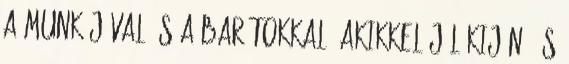
a munkájával és a barátokkal, akikkel jól kijön, és